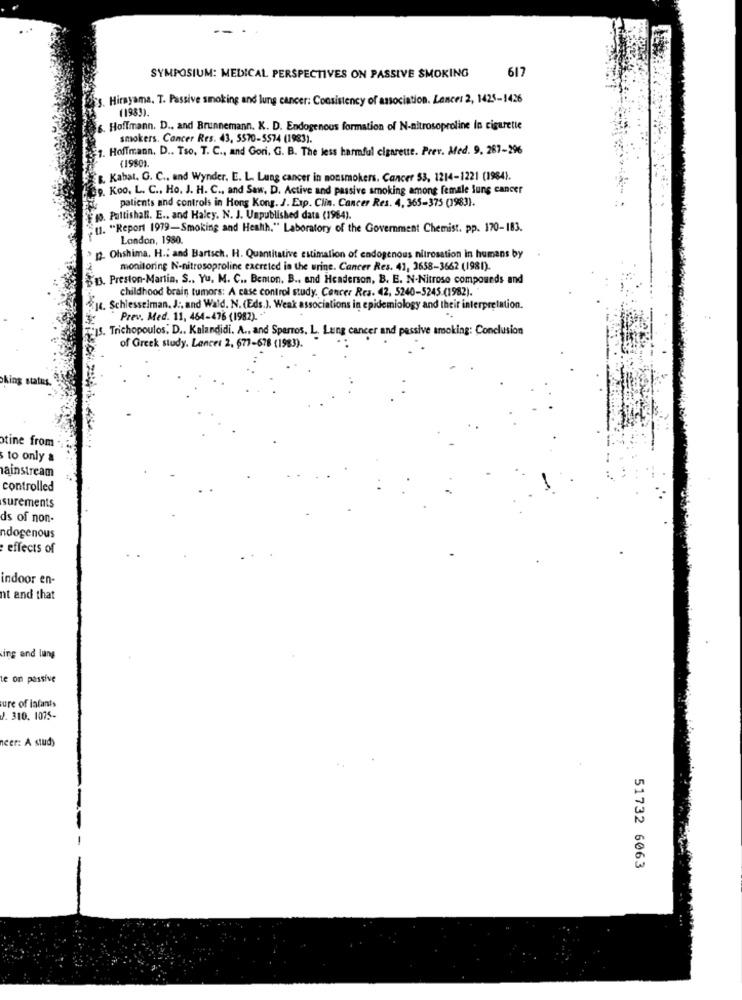
SYMPOSIUM: MEDICAL PERSPECTIVES ON PASSIVE SMOKING
617
Hirnyama, T. Passive smoking and lung cancer: Consistency of association. Lancer 2, 1425-1426
(1983).
6. Hoffmann. D ., and Brunnemann. K. D. Endogenous formation of N-nitrosoproline in cigarette
smokers. Cancer Res. 43, 5570-5574 (1983).
Hoffmann, D .. Tso. T. C ., and Gori. G. B. The less harmful cigarette. Prev. Med. 9, 267-296
(19801.
B. Kabal. G. C ., and Wynder. E. L. Lung cancer in nonsmokers, Cancer 53, 1214-1221 (1984).
9. Koo. L. C ., Ho. J. H. C ., and Saw, D. Active and passive smoking among female lung cancer
patients and controls in Hong Kong. J. Exp. Clin. Cancer Res. 4, 365-375 (1983).
10. Pattishall. E .. and Haley. N. J. Unpublished data (1984).
11. "Report 1979-Smoking and Health." Laboratory of the Government Chemist. pp. 170-183.
London, 1980.
12. Ohshima. H .: and Bartsch. H. Quantitative estimation of endogenous nitrosation in humans by
monitoring N-nitrosoproline excreted in the urine. Cancer Res. 41, 3658-3662 (1981).
D. Preston-Martin, S .. Yu. M. C .. Benon. B ., and Henderson, B. E. N-Nitrose compounds and
childhood brain tumors: A case control study. Cancer Res. 42, 5240-5245 (1982).
14. Schlesselman. J ., and Wald. N. (Eds.). Weak associations in epidemiology and their interpretation.
Prev. Med. 11, 464-476 (1982). **
Trichopoulos, D .. Kalandidi. A ., and Sperros. L. Lung cancer and passive smoking: Conclusion
of Greek study. Lancer 2, 677-678 (1983).
otine from
to only a
ainstream
controlled
surements
ds of non-
ndogenous
effects of
indoor en-
nt and that
ing and lung
le on passive
ure of lafants
J. 310. 1075-
neer: A study
51732 6063